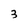
Character: 3